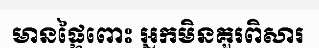
មានផ្ទៃពោះ អ្នកមិនគួរពិសារ